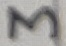
Text: 3